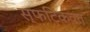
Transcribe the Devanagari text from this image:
स्फटिकवत